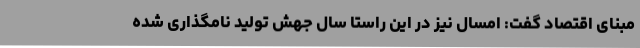
مبنای اقتصاد گفت: امسال نیز در این راستا سال جهش تولید نامگذاری شده